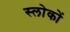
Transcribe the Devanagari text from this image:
स्लोकों